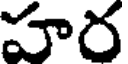
హర